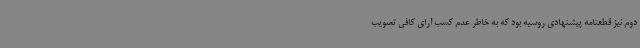
دوم نیز قطعنامه پیشنهادی روسیه بود که به خاطر عدم کسب آرای کافی تصویب